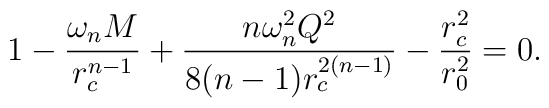
1-\frac{\omega_n M}{r_c^{n-1}} +\frac{n\omega_n^2 Q^2}{8(n-1)r_c^{2(n-1)}}   -\frac{r_c^2}{r_0^2}=0.